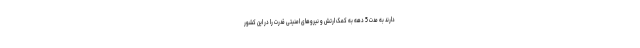
دارند به مدت 5 دهه به کمک ارتش و نیروهای امنیتی قدرت را در این کشور